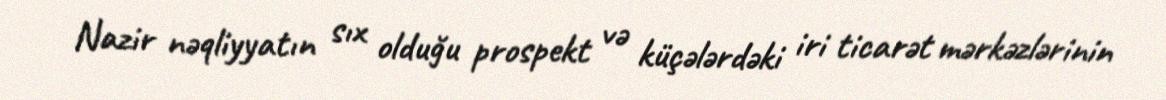
Nazir nəqliyyatın sıx olduğu prospekt və küçələrdəki iri ticarət mərkəzlərinin